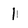
Character: 1